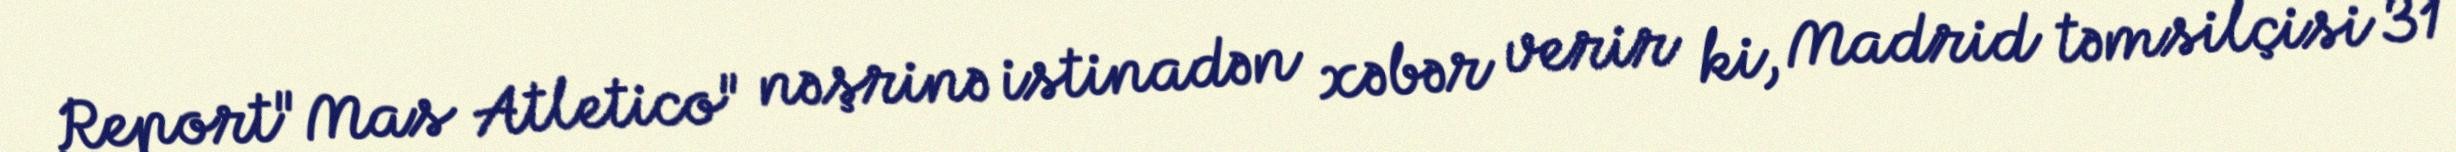
Report"Mas Atletico" nəşrinə istinadən xəbər verir ki, Madrid təmsilçisi 31